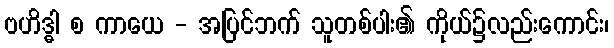
ဗဟိဒ္ဓါ စ ကာယေ - အပြင်ဘက် သူတစ်ပါး၏ ကိုယ်၌လည်းကောင်း၊